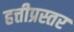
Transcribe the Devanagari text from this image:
हत्तीप्रस्तर